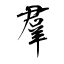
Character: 羣